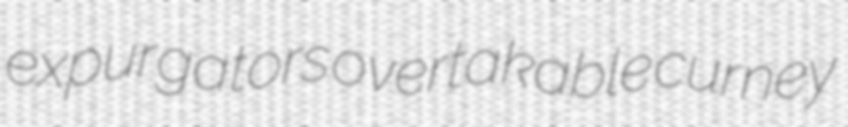
expurgators overtakable curney